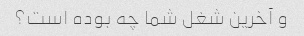
و آخرین شغل شما چه بوده است؟